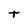
Character: t